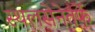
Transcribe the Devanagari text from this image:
स्थलसेनेतर्फे